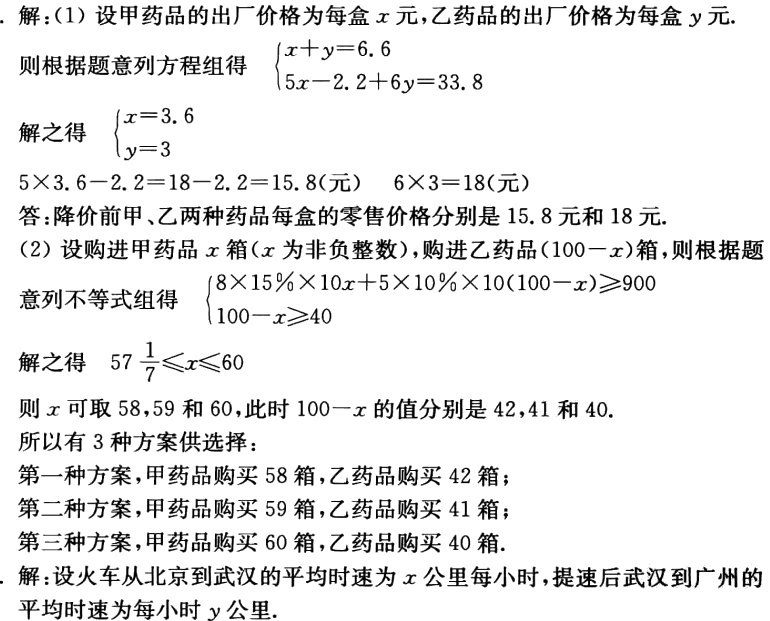
. 解：(1) 设甲药品的出厂价格为每盒\(x\)元，乙药品的出厂价格为每盒\(y\)元.

则根据题意列方程组得 \(\begin{cases}x + y = 6.6\\5x - 2.2 + 6y = 33.8\end{cases}\)

解之得 \(\begin{cases}x = 3.6\\y = 3\end{cases}\)

\(5\times3.6 - 2.2 = 18 - 2.2 = 15.8\)（元） \(6\times3 = 18\)（元）

答：降价前甲、乙两种药品每盒的零售价格分别是\(15.8\)元和\(18\)元.

(2) 设购进甲药品\(x\)箱(\(x\)为非负整数)，购进乙药品\((100 - x)\)箱，则根据题

意列不等式组得 \(\begin{cases}8\times15\%\times10x + 5\times10\%\times10(100 - x)\geqslant900\\100 - x\geqslant40\end{cases}\)

解之得 \(57\frac{1}{7}\leqslant x\leqslant60\)

则\(x\)可取\(58,59\)和\(60\)，此时\(100 - x\)的值分别是\(42,41\)和\(40\).

所以有\(3\)种方案供选择：

第一种方案，甲药品购买\(58\)箱，乙药品购买\(42\)箱；

第二种方案，甲药品购买\(59\)箱，乙药品购买\(41\)箱；

第三种方案，甲药品购买\(60\)箱，乙药品购买\(40\)箱.

. 解：设火车从北京到武汉的平均时速为\(x\)公里每小时，提速后武汉到广州的

平均时速为每小时\(y\)公里.